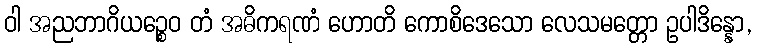
ဝါ အညဘာဂိယဉ္စေဝ တံ အဓိကရဏံ ဟောတိ ကောစိဒေသော လေသမတ္တော ဥပါဒိန္နော,